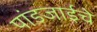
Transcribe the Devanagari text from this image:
पांडजाईचे